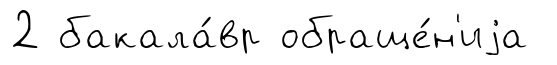
2 бакала́вр обраще́н'иjа